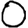
Digit: 0